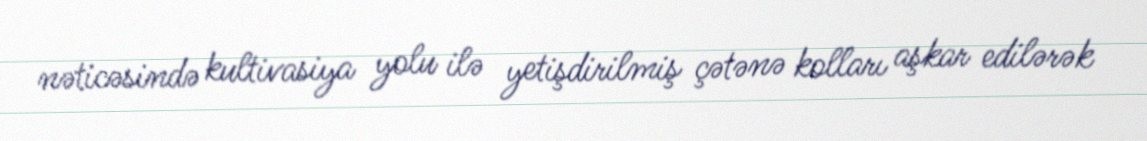
nəticəsində kultivasiya yolu ilə yetişdirilmiş çətənə kolları aşkar edilərək